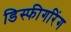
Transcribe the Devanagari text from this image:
डिस्फीगरिंग